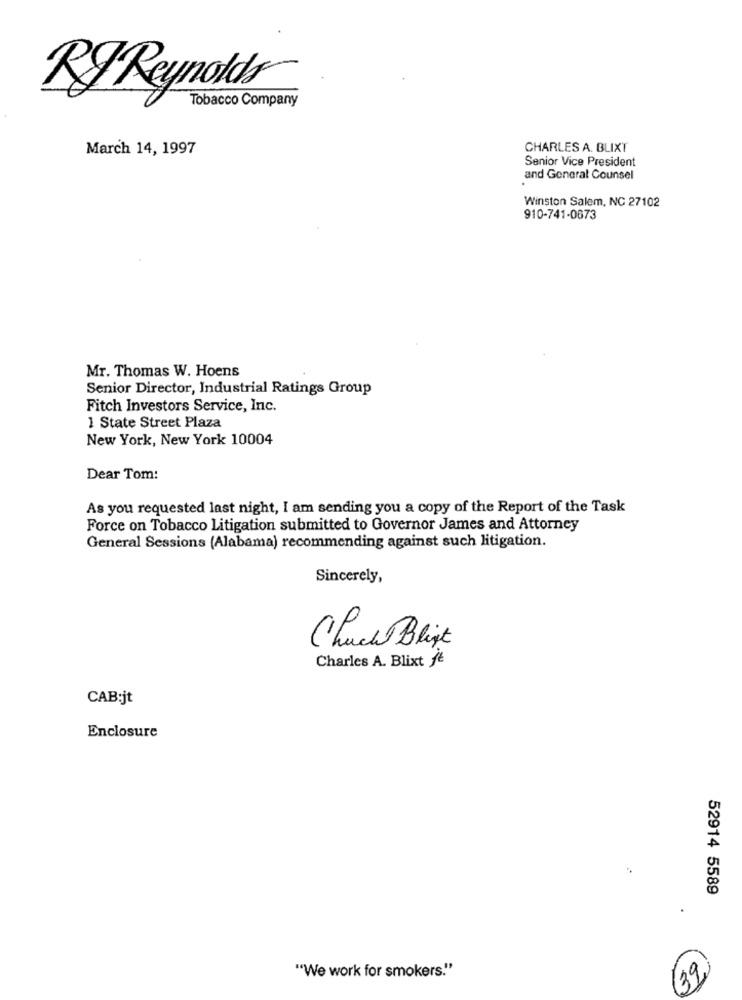
Tobacco Company
RJ Reynolds
March 14, 1997
CHARLES A. BLIXT
Senior Vice President
and General Counsel
Winston Salem, NC 27102
910-741-0673
Mr. Thomas W. Hoens
Senior Director, Industrial Ratings Group
Fitch Investors Service, Inc.
1 State Street Plaza
New York, New York 10004
Dear Tom:
As you requested last night, I am sending you a copy of the Report of the Task
Force on Tobacco Litigation submitted to Governor James and Attorney
General Sessions (Alabama) recommending against such litigation.
Sincerely,
Chuck Blist
Charles A. Blixt fe
CAB:jt
Enclosure
52914 5589
"We work for smokers."
39